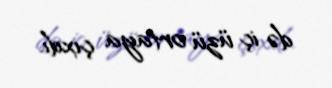
də iç üzü ortaya çıxdı.